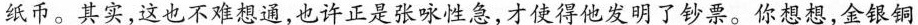
纸币。其实，这也不难想通，也许正是张咏性急，才使得他发明了钞票。你想想，金银铜